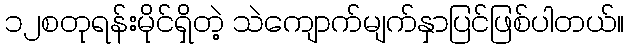
၁၂စတုရန်းမိုင်ရှိတဲ့ သဲကျောက်မျက်နှာပြင်ဖြစ်ပါတယ်။